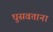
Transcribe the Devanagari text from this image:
घुसवताना